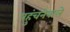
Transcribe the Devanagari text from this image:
पहुंचनेवाले